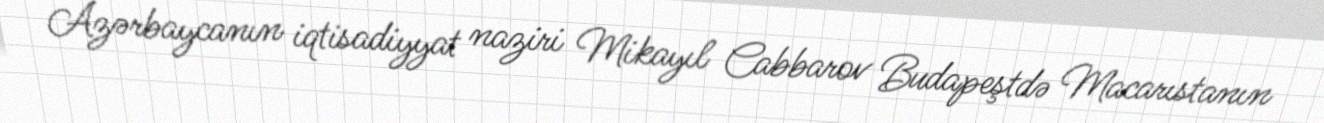
Azərbaycanın iqtisadiyyat naziri Mikayıl Cabbarov Budapeştdə Macarıstanın